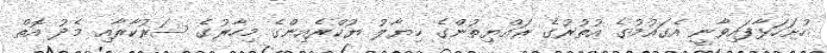
ހުށަހަޅާފައިވާނީ އެގައުމުގެ އުތުރުގެ ރައްޔިތުންގެ ޚިޔާލު ޔުކްރެއިންގެ މިހާރުގެ ސަރުކާރާއި މެދު އޮތް